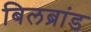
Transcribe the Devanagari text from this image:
बिलब्रांड